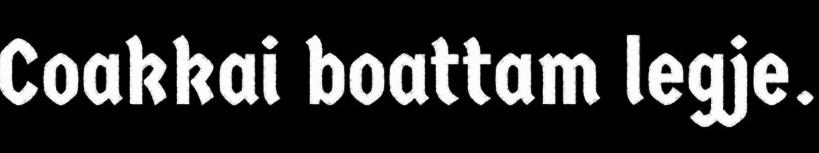
Coakkai boattam legje.